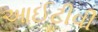
આઈટીવી